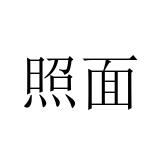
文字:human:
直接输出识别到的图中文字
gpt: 照面